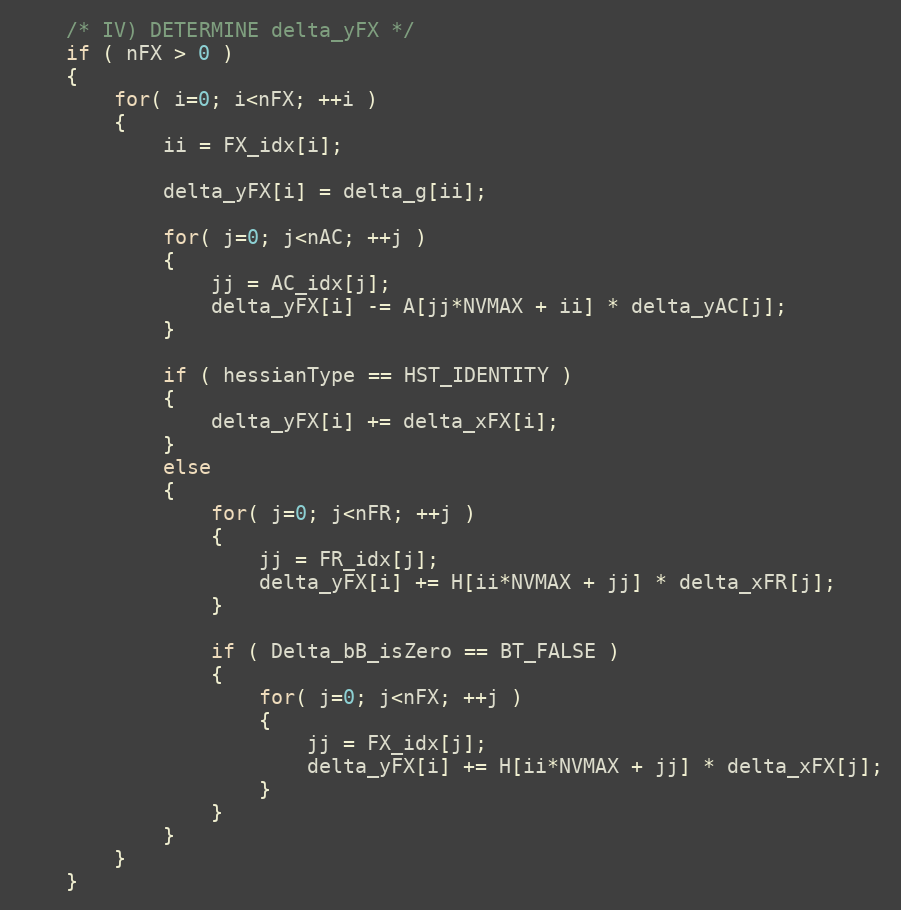
Language: C++
	/* IV) DETERMINE delta_yFX */
	if ( nFX > 0 )
	{
		for( i=0; i<nFX; ++i )
		{
			ii = FX_idx[i];

			delta_yFX[i] = delta_g[ii];

			for( j=0; j<nAC; ++j )
			{
				jj = AC_idx[j];
				delta_yFX[i] -= A[jj*NVMAX + ii] * delta_yAC[j];
			}

			if ( hessianType == HST_IDENTITY )
			{
				delta_yFX[i] += delta_xFX[i];
			}
			else
			{
				for( j=0; j<nFR; ++j )
				{
					jj = FR_idx[j];
					delta_yFX[i] += H[ii*NVMAX + jj] * delta_xFR[j];
				}

				if ( Delta_bB_isZero == BT_FALSE )
				{
					for( j=0; j<nFX; ++j )
					{
						jj = FX_idx[j];
						delta_yFX[i] += H[ii*NVMAX + jj] * delta_xFX[j];
					}
				}
			}
		}
	}